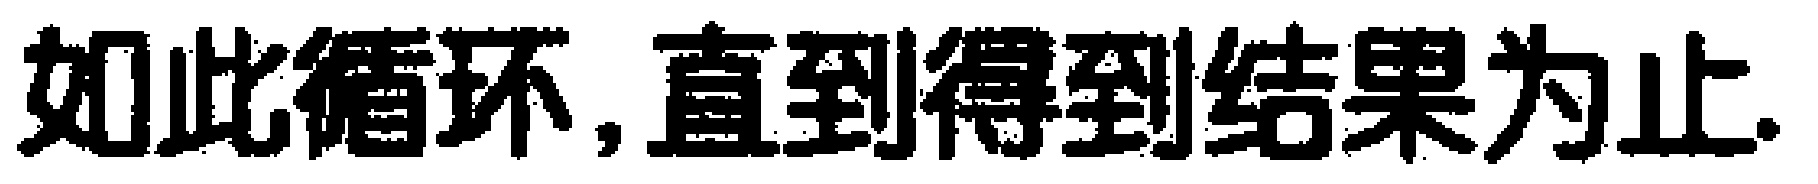
如此循环,直到得到结果为止.